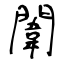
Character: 闈